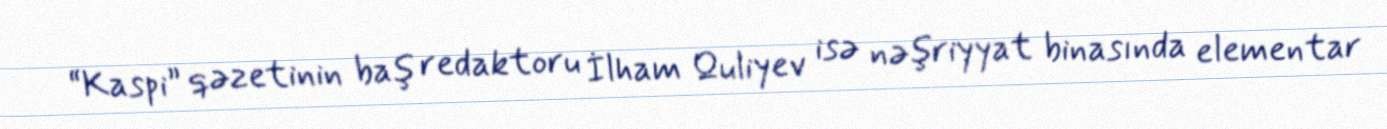
“Kaspi” qəzetinin baş redaktoru İlham Quliyev isə nəşriyyat binasında elementar